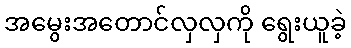
အမွေးအတောင်လှလှကို ရွေးယူခဲ့